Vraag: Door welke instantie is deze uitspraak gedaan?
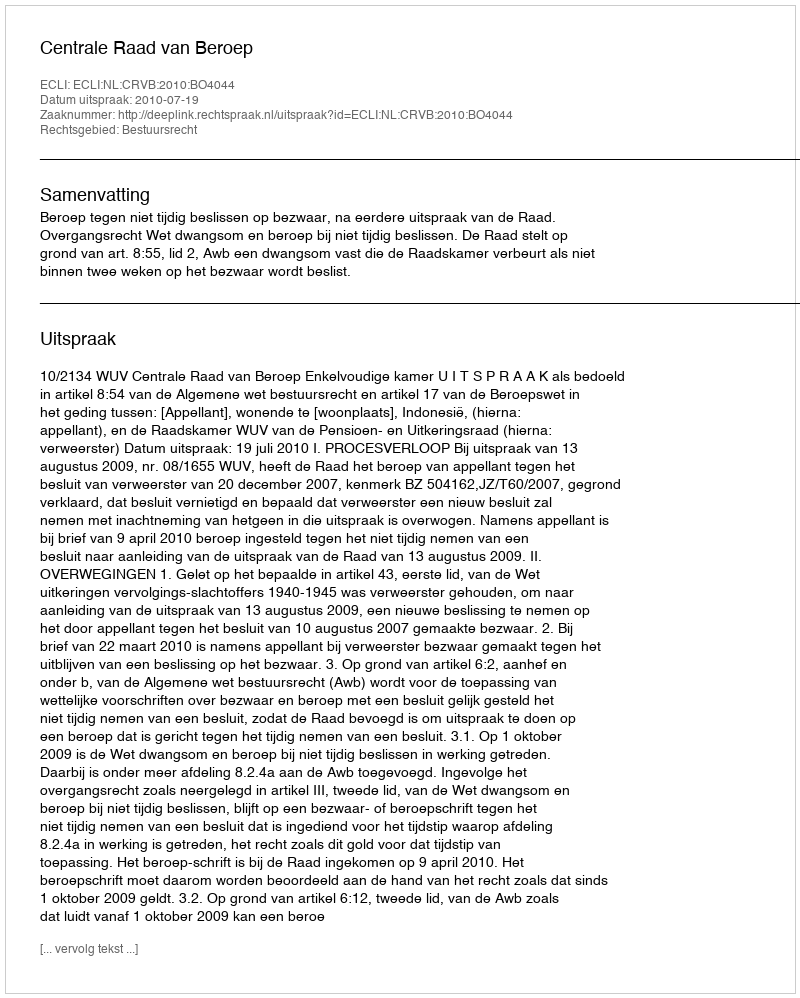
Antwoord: Centrale Raad van Beroep